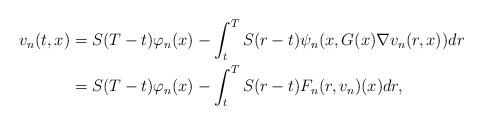
LaTeX: \begin{align*}v_n(t,x)& = S(T-t)\varphi_n(x)-\int_t^TS(r-t)\psi_n(x,G(x)\nabla v_n(r,x))dr \\& = S(T-t)\varphi_n(x)-\int_t^TS(r-t)F_n(r,v_n)(x)dr, \\\end{align*}